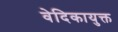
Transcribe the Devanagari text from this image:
वेदिकायुक्त